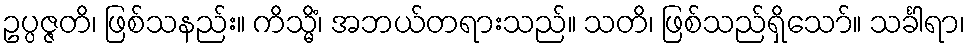
ဥပ္ပဇ္ဇတိ၊ ဖြစ်သနည်း။ ကိသ္မိံ၊ အဘယ်တရားသည်။ သတိ၊ ဖြစ်သည်ရှိသော်။ သင်္ခါရာ၊